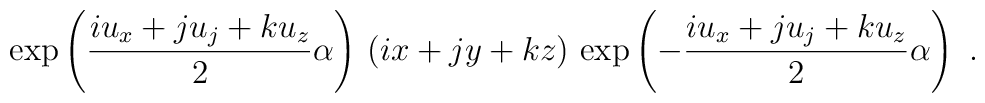
\exp \left( \frac{iu_x+ju_j+ku_z}{2} \alpha \right)\, \left(ix+jy+kz \right)\, \exp \left( -\frac{iu_x+ju_j+ku_z}{2} \alpha \right)~.